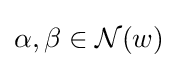
\alpha ,\beta \in {\mathcal {N}}(w)